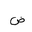
Letter: _dad